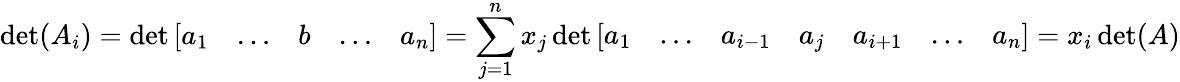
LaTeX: \operatorname*{det}(A_{i})=\operatorname*{det}{\left[\begin{array}{lllll}{a_{1}}&{\ldots}&{b}&{\ldots}&{a_{n}}\end{array}\right]}=\sum_{j=1}^{n}x_{j}\operatorname*{det}{\left[\begin{array}{lllllll}{a_{1}}&{\ldots}&{a_{i-1}}&{a_{j}}&{a_{i+1}}&{\ldots}&{a_{n}}\end{array}\right]}=x_{i}\operatorname*{det}(A)